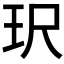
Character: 𮴈